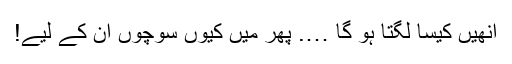
انھیں کیسا لگتا ہو گا …. پھر میں کیوں سوچوں ان کے لیے!